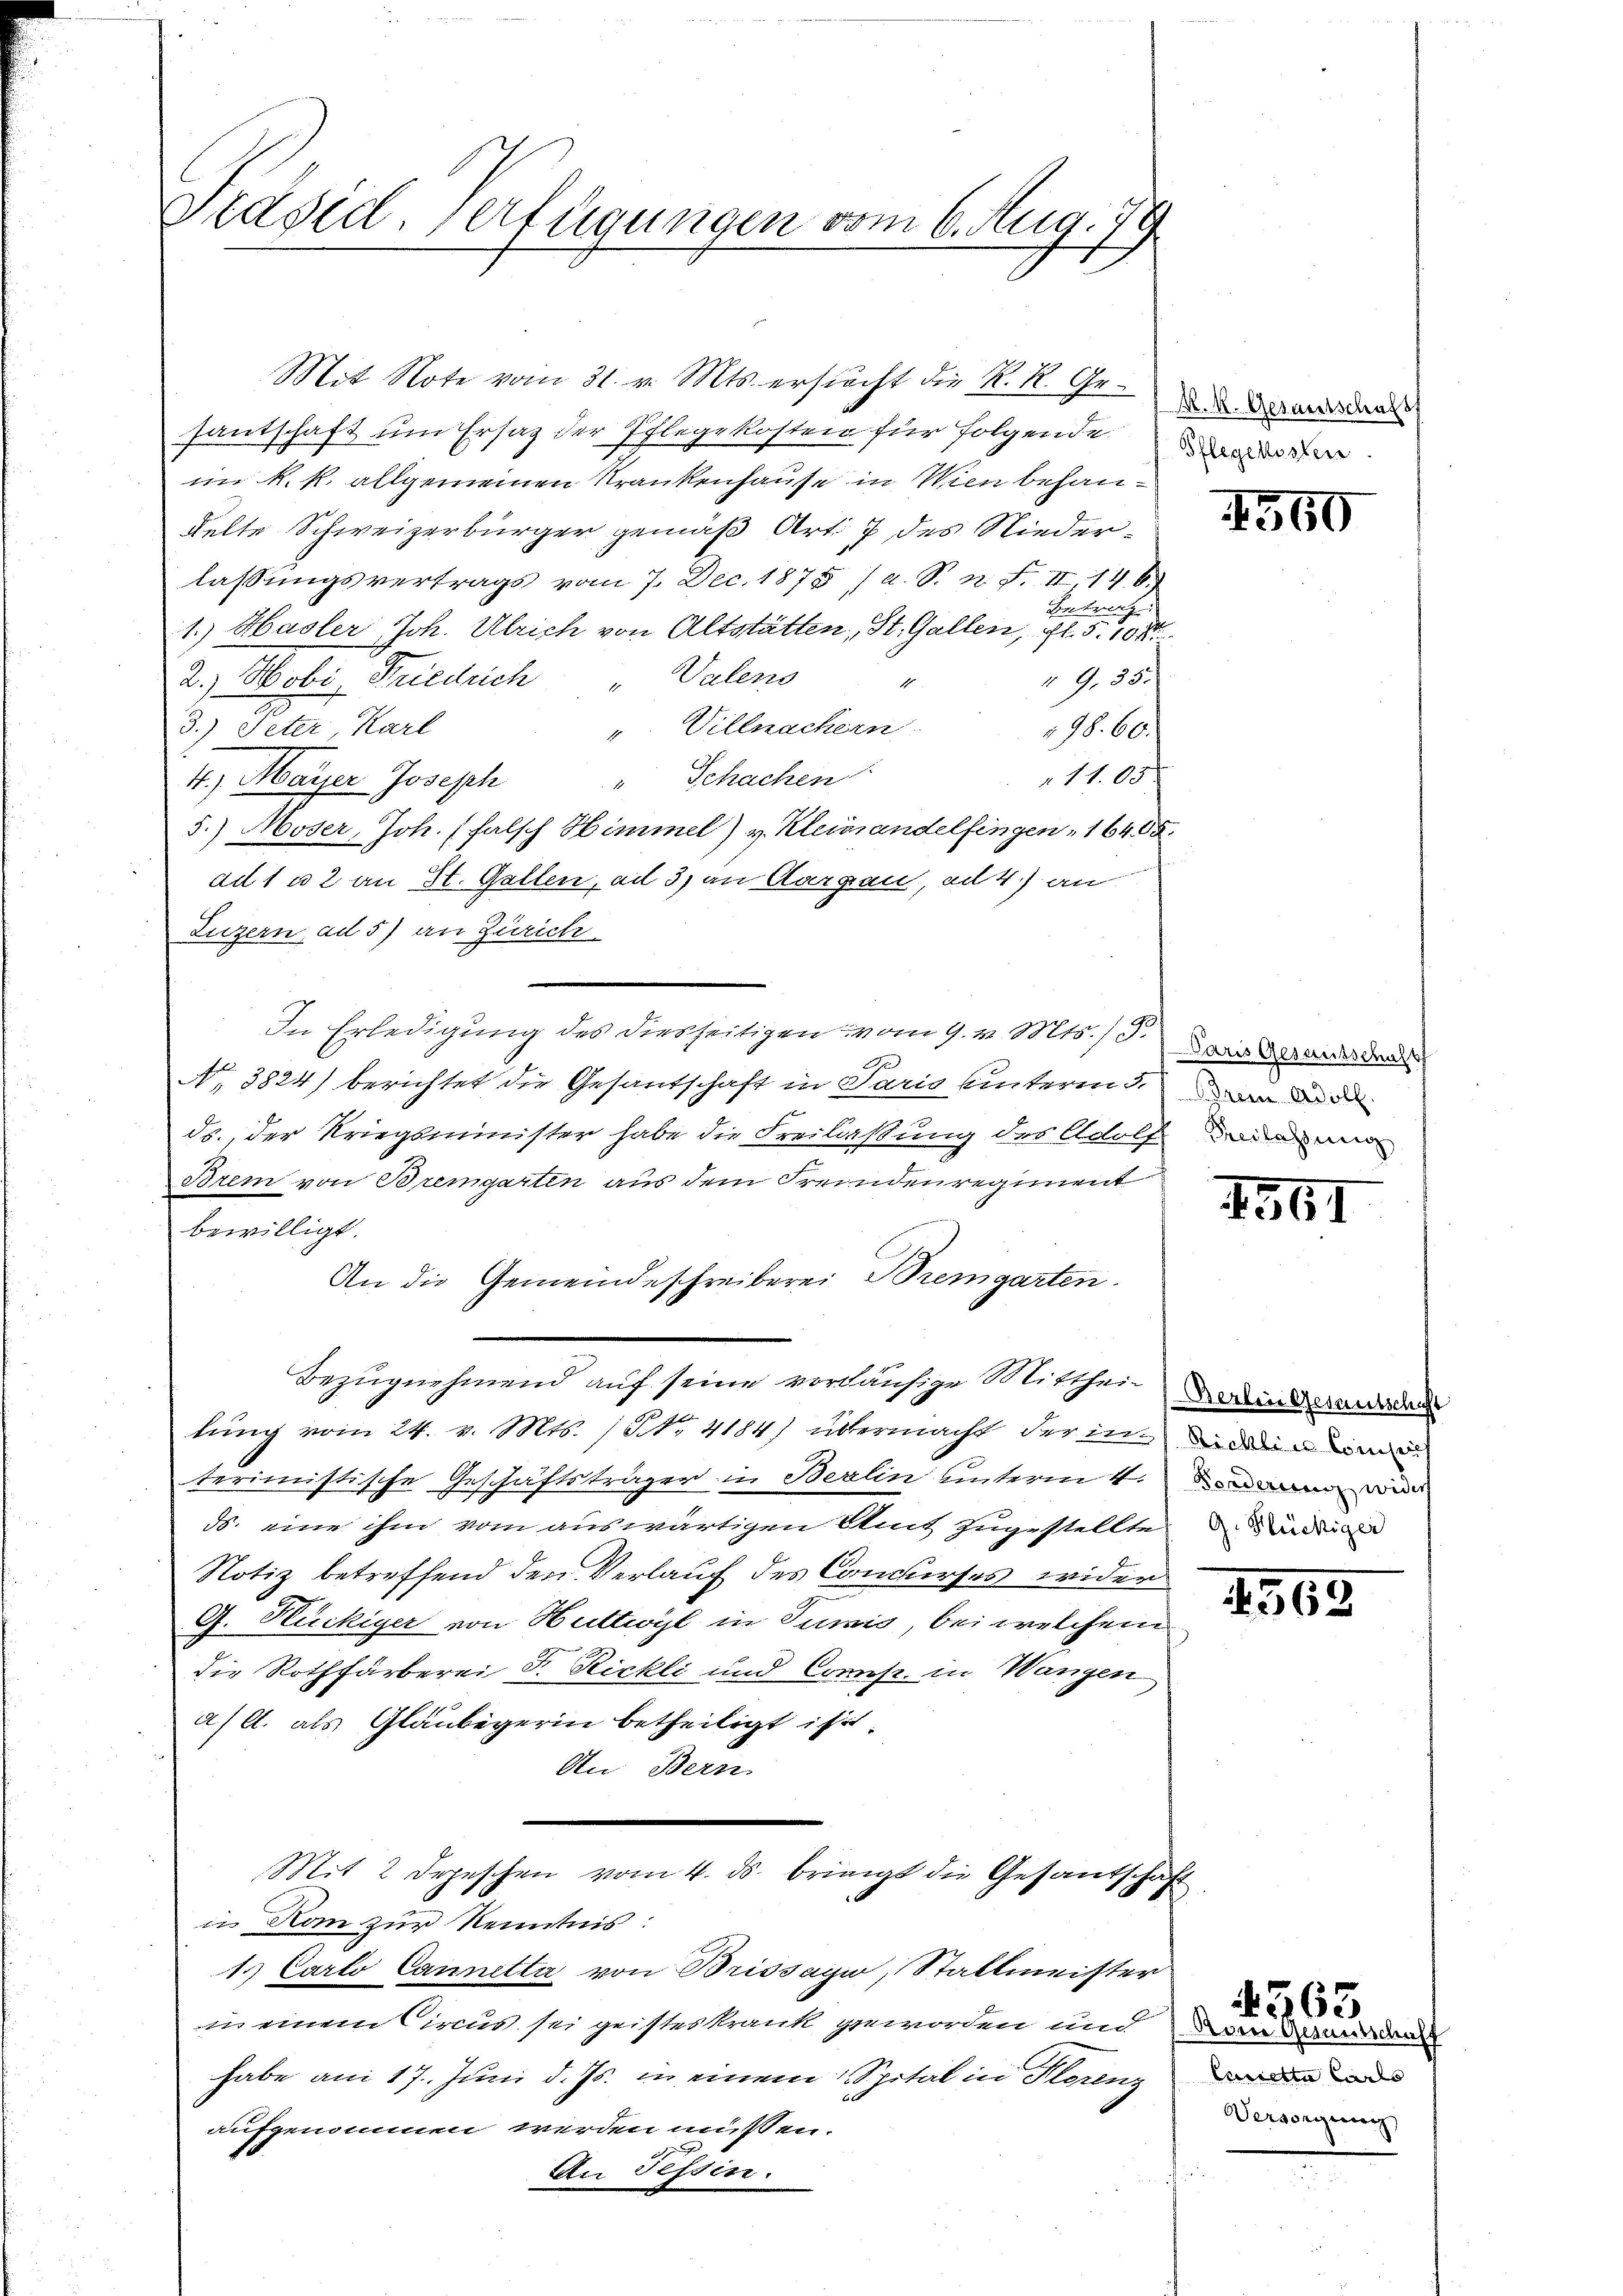
Präsid. Verfügungen vom 6. Aug. 79

santschaft um Ersatz der Pflegekosten für folgende der
im k. k. allgemeinen Krankenhause in Wien behan¬
Kelte Schweizerbürger gemäß Art. 7 des Nieder-
lassŭngsvertrags vom 7. Dec. 1875 / a. S. n. F. II 14 x
1.) Hasler Joh. Ulrich von Altstätten, St. Gallen, fl. 10
2.) Mobi, Friedrich Valens
1
" Villmachern.
3.) Peter, Karl
98. 60.
" Schachen
11.05
4.) Mayer Joseph
5.) Moser, Joh. (falsch Himmel) v. Kleinandelfingen, 16485.
ad 1 u 2 an St. Gallen, ad 3) an Aargau, ad 4.) an
Luzern, ad 5) an Zürich
In Erledigung des diesseitigen vom 9. v. Mts.) S.
No. 3824) berichtet die Gesantschaft in Paris unterm 5. an d
ds., der Kriegsminister habe die Freilaßung des Adolf Dein
Brem von Bremgarten aus dem Freunden regiment
bewilligt.
An die Gemeindeschreiberei Bremgarten.
Bezugnehmend auf seine vorläufige Mitthei- und and
lung vom 24. v. Mts. / NNo. 4184) übermacht der in in den m
terimistische Geschäftsträger in Berlin unterm 4.
d. eine ihm vom auswärtigen Amt zugestellte des indiger
Notiz betreffend den Verlauf des Concurses wider
G. Heckiger von Huttwyl in Tunić, bei welchem
die Rothfärberei J. Rickli und Comp. in Wangen

a) l. als Gläubigerin betheiligt ist.
An Bern.
Mit 2 Depeschen vom 4. ds. bringt die Gesandscha
in Non zur Kenntnis:
1.) Carlo Cannetta von Brissagio, Stallmeister
in einem Circus sei geisteskrank geworden und
habe am 17. Juni d. Js. in einem Spital in Floreng
aufgenommen werden müssen.
An Tessin.

Mit Note vom 31. v. Mts. ersucht die R. R. Gr.

Einsiche
" 9, 35.

M. k. Gesantschaft

560

Paris Gesantschaft

1561

Sonderung wider

563

Deren Gesandtschaft
Cancetta Carls
Versorgung

4363